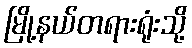
မြို့နယ်တရားရုံးသို့